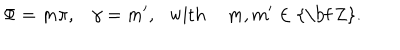
LaTeX: \Phi = m \pi , \, \, \, \, \, \gamma = m ^ { \prime } , \, \, \, \, \mathrm { w i t h } \, \, \, \, \, \, \, m , m ^ { \prime } \in \mathrm { { \bf ~ Z } } .